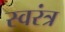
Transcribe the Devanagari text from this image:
स्वरंत्र